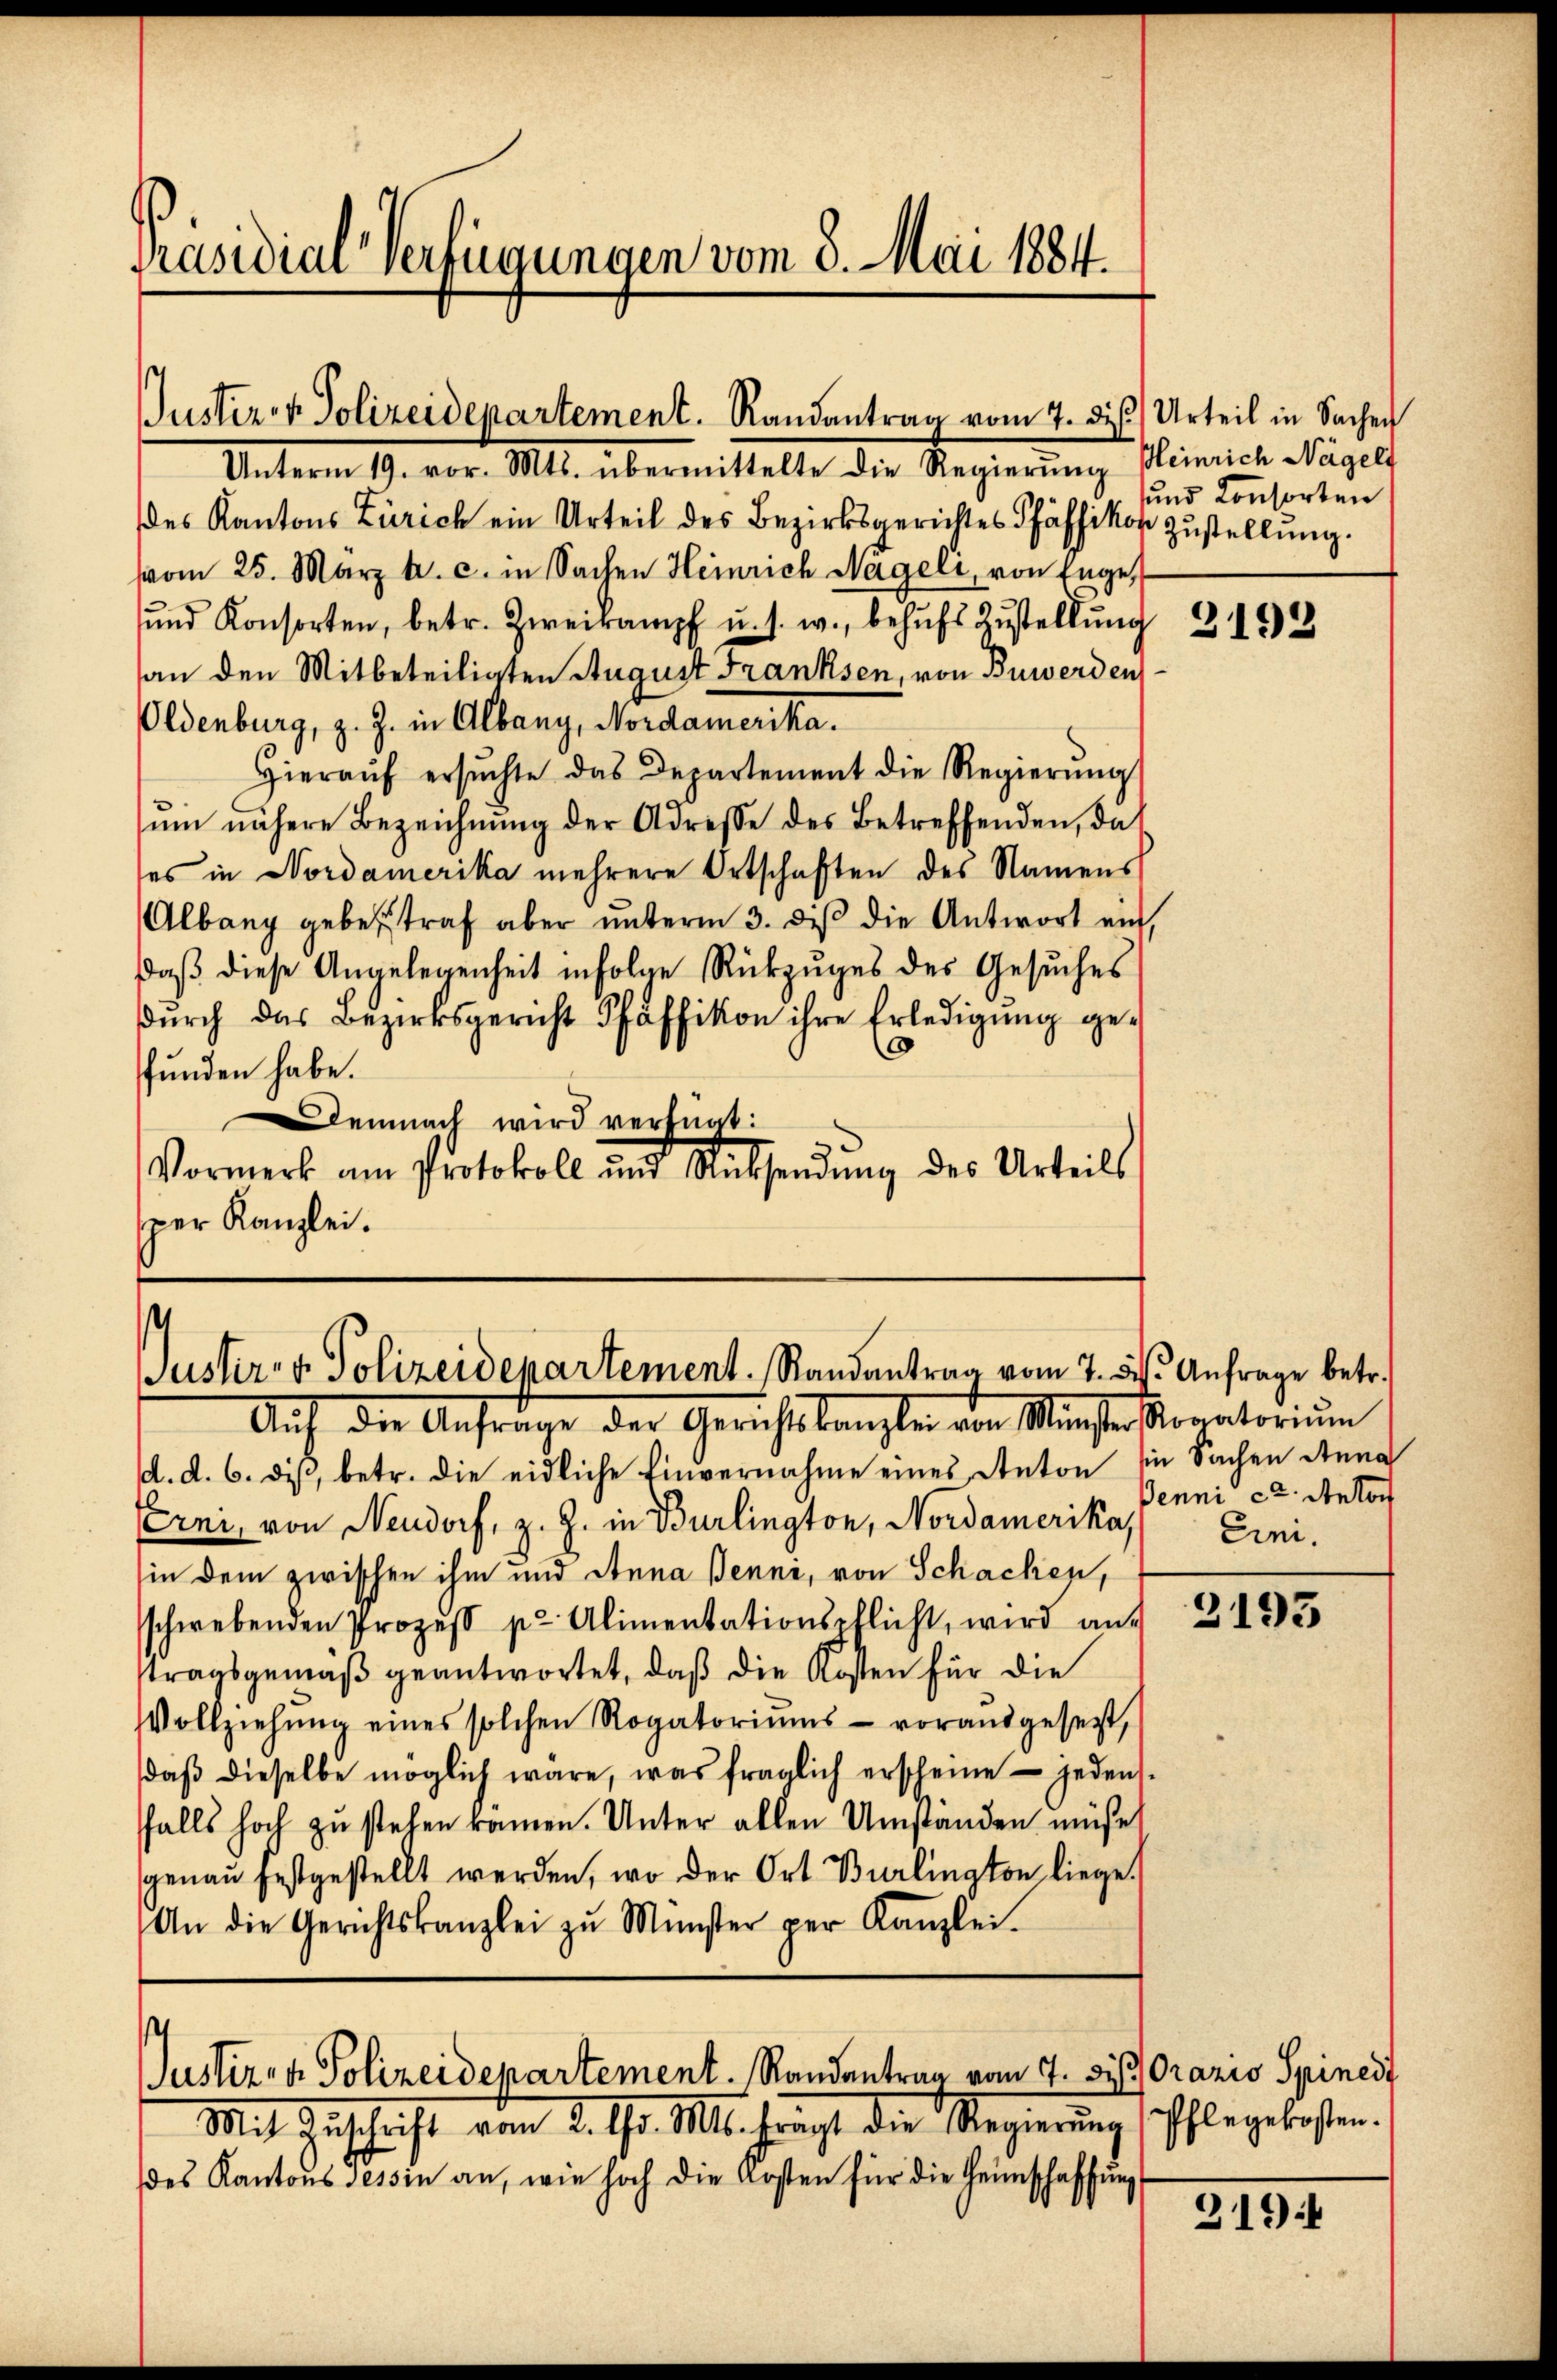
Präsidiar verfügungen vom 8. Mai 1884.

Justiren Polizeidepartement. Randantrag vom 7. des Urteil in Sachen
Unterm 19. vor. Mts. übermittelte die Regierung Heinrich Nägeli

.
Justiz- & Polizeidepartement. Randantrag vom 7. d. Anfrage betr.
Auf die Anfrage der Gerichtskanzlei von Minister Koratorium

.
Justizen Polizeidepartement. Randantrag vom 7. Sept. Orazio Spinedt
Mit Zuschrift vom 2. d. Mts. bracht die Regierung schlegekosten.

des Kantons Zürich ein Urteil des Bezirksgerichtes Pfäffikon zustellung.
vom 25. März h. c. in Sachen Heinrich Nageli, von Engel
und Konsorten, betr. Zweikampf u. s. w., behufs Zustellung
an den Mitbeteiligten August Franksen, von Buwerden
Oldenburg, z. Z. in Albany, Nordamerika.
Hieraŭf ersŭchte das Departement die Regierŭng
ŭm nähere Bezeichnŭng der Adresse des Betreffenden, das
es in Nordamerika mehrere Ortschaften des Namens
Albang gebesstraf aber unterm 3. di die Antwort ein,
daβ diese Angelegenheit infolge Rückzŭges des Gesŭches
durch das Bezirksgericht Pfäffikon ihre Erledigung geg
funden habe.
Demnach wird verfnat:
Vormerk am Protokoll und Rücksendŭng des Urteils
Der Kanzlei.

d. d. 6. dis, betr. die eidliche Einvernahme eines Anton sie Sachen Anna
EErni, von Neudorf, z. Z. in Burlington, Nordamerika) Eini-
(in dem zwischen ihm und Anna Benni, von Schachen,
schwebenden Prozess pr Alimentationspflicht, wird aus
stragsgemäß geantwortet, daß die Kosten für die
Vollziehŭng eines solchen Rogatoriŭms - vorausgesetzt,
daβ dieselbe möglich wäre, was fraglich erscheine jedens-
ffalls hoch zu stehen kamen. Unter allen Umständen müße
genau festgestellt werden, wo der Ort Burlington liege.
An die Gerichtskanzlei zŭ Münster per Kanzlei.

des Kantons Tessin an, wie hoch die Kosten für die Heimschaffŭng

und Konsorten

Jenni ca. Anton

3192

3195

219: